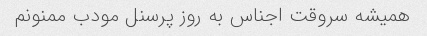
همیشه سروقت اجناس به روز پرسنل مودب ممنونم